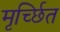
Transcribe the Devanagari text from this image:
मृर्च्छित